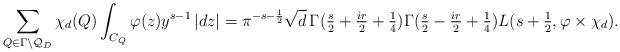
LaTeX: \begin{align*}\sum_{Q\in \Gamma\backslash \mathcal Q_D} \chi_d(Q) \int_{C_Q} \varphi(z) y^{s-1}\, |dz| = \pi^{-s-\frac 12} \sqrt{d} \, \Gamma(\tfrac s2+\tfrac {ir}2+\tfrac 14)\Gamma(\tfrac s2-\tfrac {ir}2+\tfrac 14) L(s+\tfrac 12,\varphi\times\chi_d).\end{align*}